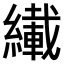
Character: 𫄇